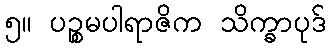
၅။ ပဉ္စမပါရာဇိက သိက္ခာပုဒ်